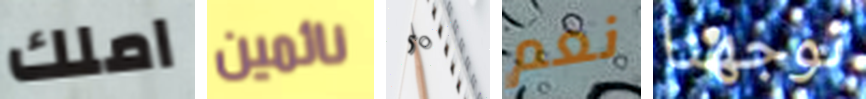
املك نائمين 50 نعم توجهنا